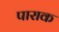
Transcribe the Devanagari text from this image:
पाराक